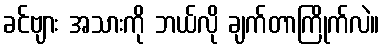
ခင်ဗျား အသားကို ဘယ်လို ချက်တာကြိုက်လဲ။